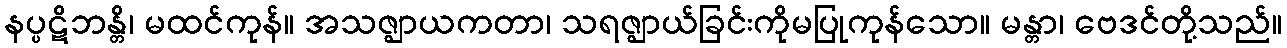
နပ္ပဋိဘန္တိ၊ မထင်ကုန်။ အသဇ္ဈာယကတာ၊ သရဇ္ဈာယ်ခြင်းကိုမပြုကုန်သော။ မန္တာ၊ ဗေဒင်တို့သည်။